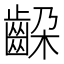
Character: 𬹵